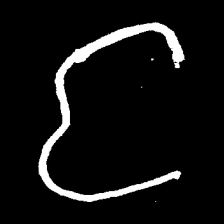
Pyu character \u2014 Myanmar letter: င (romanized: nga)